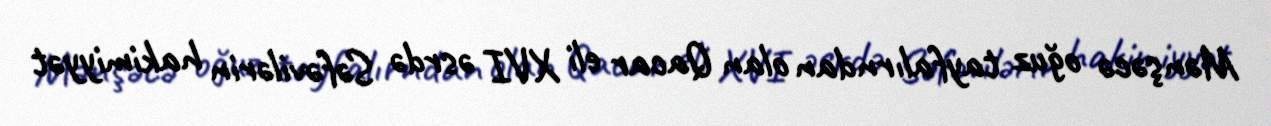
Mənşəcə oğuz tayfalırndan olan Qacar eli XVI əsrdə Səfəvilərin hakimiyyət